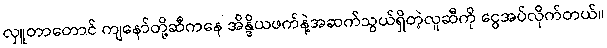
လှူတာတောင် ကျနော်တို့ဆီကနေ အိန္ဒိယဖက်နဲ့အဆက်သွယ်ရှိတဲ့လူဆီကို ငွေအပ်လိုက်တယ်။